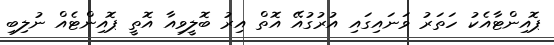
ޕޮއިންޓާއެކު ހަތަރު ވަނައިގައި އުރުގުއޭ އޮތް އިރު ބޮލީވިއާ އޮތީ ޕޮއިންޓެއް ނުލިބި